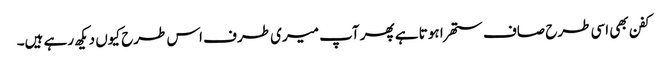
کفن بھی اسی طرح صاف ستھرا ہوتا ہے پھر آپ میری طرف اس طرح کیوں دیکھ رہے ہیں۔